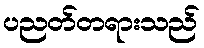
ပညတ်တရားသည်